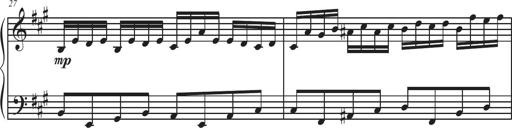
Title: Sonatina Espania
Composer: Jerald Franklin Archer
Key: Various